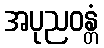
အပုညဝန္တံ